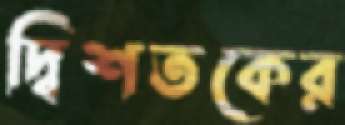
দ্বিশতকের